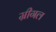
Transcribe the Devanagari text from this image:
म्रीगल